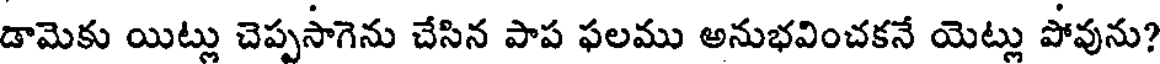
డామెకు యిట్లు చెప్పసాగెను చేసిన పాప ఫలము అనుభవించకనే యెట్లు పోవును?